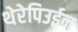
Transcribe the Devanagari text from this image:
थेरेपिउईन